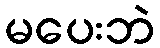
မပေးဘဲ